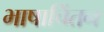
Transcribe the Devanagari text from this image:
भाषाचिंतन